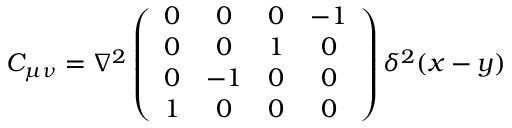
C _ { \mu \nu } = \nabla ^ { 2 } \left( \begin{array} { c c c c } { { 0 } } & { { 0 } } & { { 0 } } & { { - 1 } } \\ { { 0 } } & { { 0 } } & { { 1 } } & { { 0 } } \\ { { 0 } } & { { - 1 } } & { { 0 } } & { { 0 } } \\ { { 1 } } & { { 0 } } & { { 0 } } & { { 0 } } \end{array} \right) \delta ^ { 2 } ( x - y )